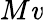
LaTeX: M\mathit{v}